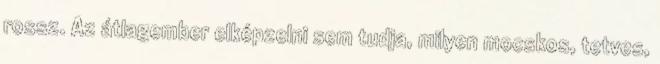
rossz. Az átlagember elképzelni sem tudja, milyen mocskos, tetves,